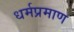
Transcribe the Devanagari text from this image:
धर्मप्रमाण